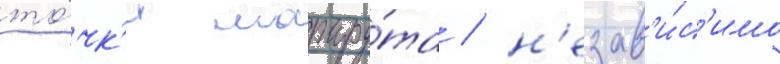
то́чк'и маршру́та / н'езав'и́с'имо